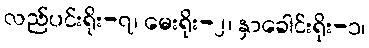
လည်ပင်းရိုး-၇၊ မေးရိုး-၂၊ နှာခေါင်းရိုး-၁၊